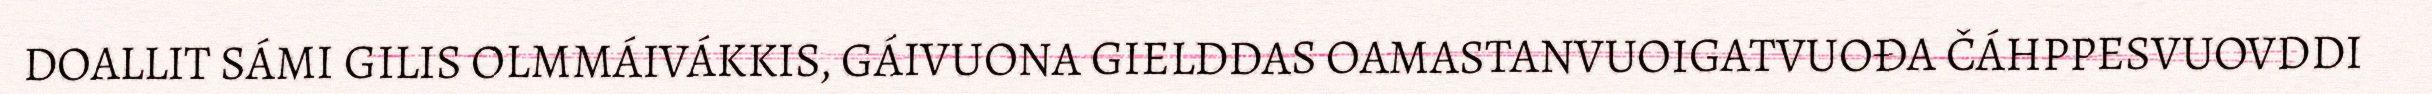
DOALLIT SÁMI GILIS OLMMÁIVÁKKIS, GÁIVUONA GIELDDAS OAMASTANVUOIGATVUOĐA ČÁHPPESVUOVDDI